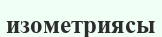
изометриясы